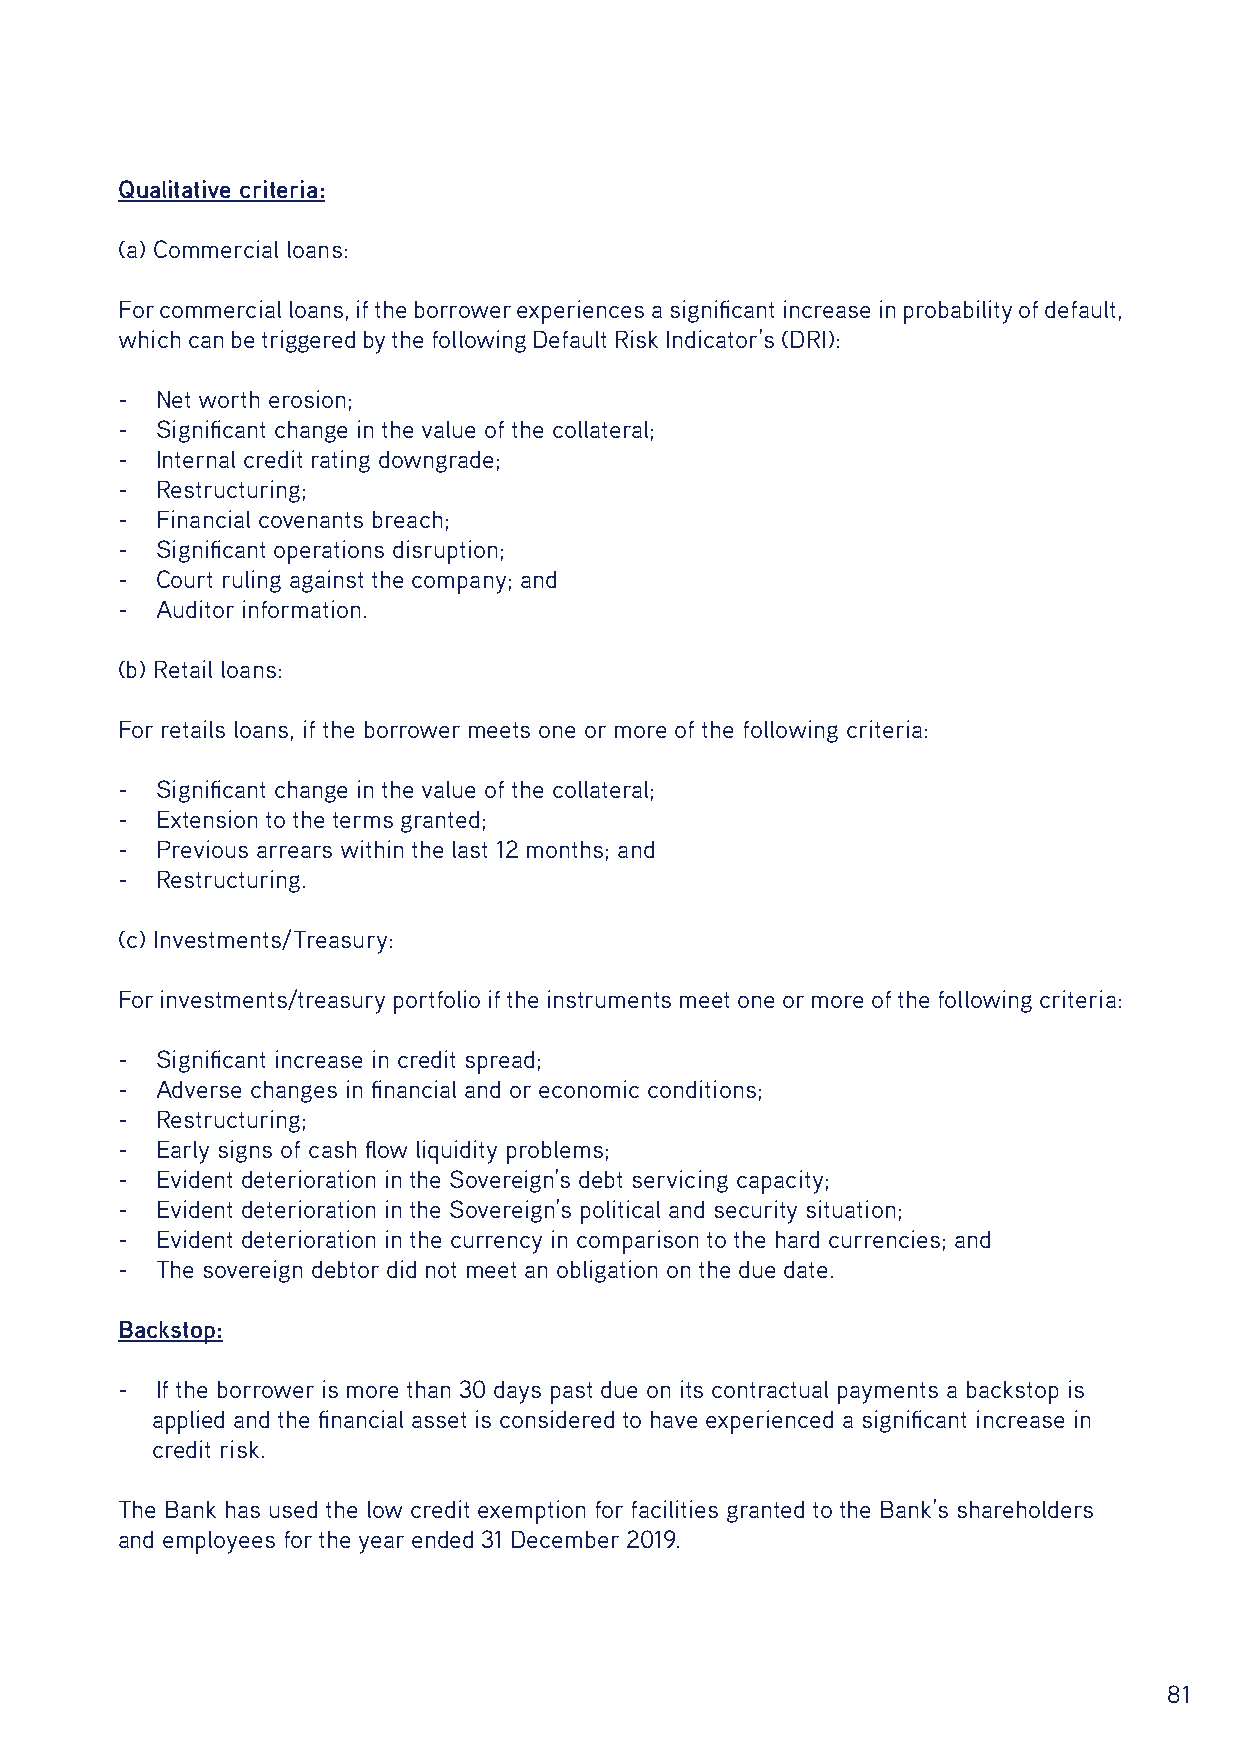
Qualitative criteria:
 (a) Commercial loans:
 For commercial loans, if the borrower experiences a significant increase in probability of default,
 which can be triggered by the following Default Risk Indicator’s (DRI):
 - Net worth erosion;
 - Significant change in the value of the collateral;
 - Internal credit rating downgrade;
 - Restructuring;
 - Financial covenants breach;
 - Significant operations disruption;
 - Court ruling against the company; and
 - Auditor information.
 (b) Retail loans:
 For retails loans, if the borrower meets one or more of the following criteria:
 - Significant change in the value of the collateral;
 - Extension to the terms granted;
 - Previous arrears within the last 12 months; and
 - Restructuring.
 (c) Investments/Treasury:
 For investments/treasury portfolio if the instruments meet one or more of the following criteria:
 - Significant increase in credit spread;
 - Adverse changes in financial and or economic conditions;
 - Restructuring;
 - Early signs of cash flow liquidity problems;
 - Evident deterioration in the Sovereign’s debt servicing capacity;
 - Evident deterioration in the Sovereign’s political and security situation;
 - Evident deterioration in the currency in comparison to the hard currencies; and
 - The sovereign debtor did not meet an obligation on the due date.
 Backstop:
 - If the borrower is more than 30 days past due on its contractual payments a backstop is
 applied and the financial asset is considered to have experienced a significant increase in
 credit risk.
 The Bank has used the low credit exemption for facilities granted to the Bank’s shareholders
 and employees for the year ended 31 December 2019.
 81